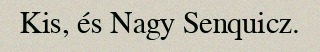
Kis, és Nagy Senquicz.